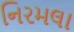
નિરમલા